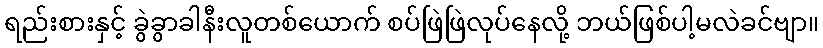
ရည်းစားနှင့် ခွဲခွာခါနီးလူတစ်ယောက် စပ်ဖြဲဖြဲလုပ်နေလို့ ဘယ်ဖြစ်ပါ့မလဲခင်ဗျာ။